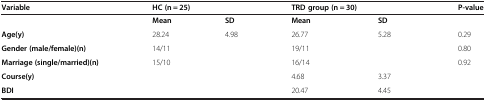
<table><thead><tr><td><b>Variable</b></td><td colspan="2"><b>HC (n = 25)</b></td><td colspan="2"><b>TRD group (n = 30)</b></td><td><b>P-value</b></td></tr></thead><tbody><tr><td> </td><td><b>Mean</b></td><td><b>SD</b></td><td><b>Mean</b></td><td><b>SD</b></td><td> </td></tr><tr><td><b>Age(y)</b></td><td>28.24</td><td>4.98</td><td>26.77</td><td>5.28</td><td>0.29</td></tr><tr><td><b>Gender (male/female)(n)</b></td><td>14/11</td><td> </td><td>19/11</td><td> </td><td>0.80</td></tr><tr><td><b>Marriage (single/married)(n)</b></td><td>15/10</td><td> </td><td>16/14</td><td> </td><td>0.92</td></tr><tr><td><b>Course(y)</b></td><td> </td><td> </td><td>4.68</td><td>3.37</td><td> </td></tr><tr><td><b>BDI</b></td><td> </td><td> </td><td>20.47</td><td>4.45</td><td> </td></tr></tbody></table>